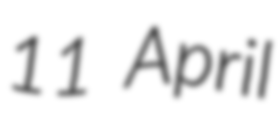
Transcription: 11 April